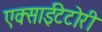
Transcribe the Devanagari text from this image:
एक्साईटेटोरी